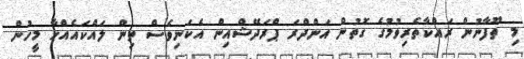
މި ތޫފާނުން ރައްކާތެރިވުމުގެ ގޮތުން އަންދްރަ ޕްރަދޭޝްއިން އެކަނިވެސް ތިން ލައްކައެއްހާ މީހުން